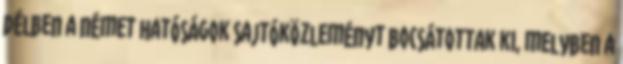
délben a német hatóságok sajtóközleményt bocsátottak ki, melyben a